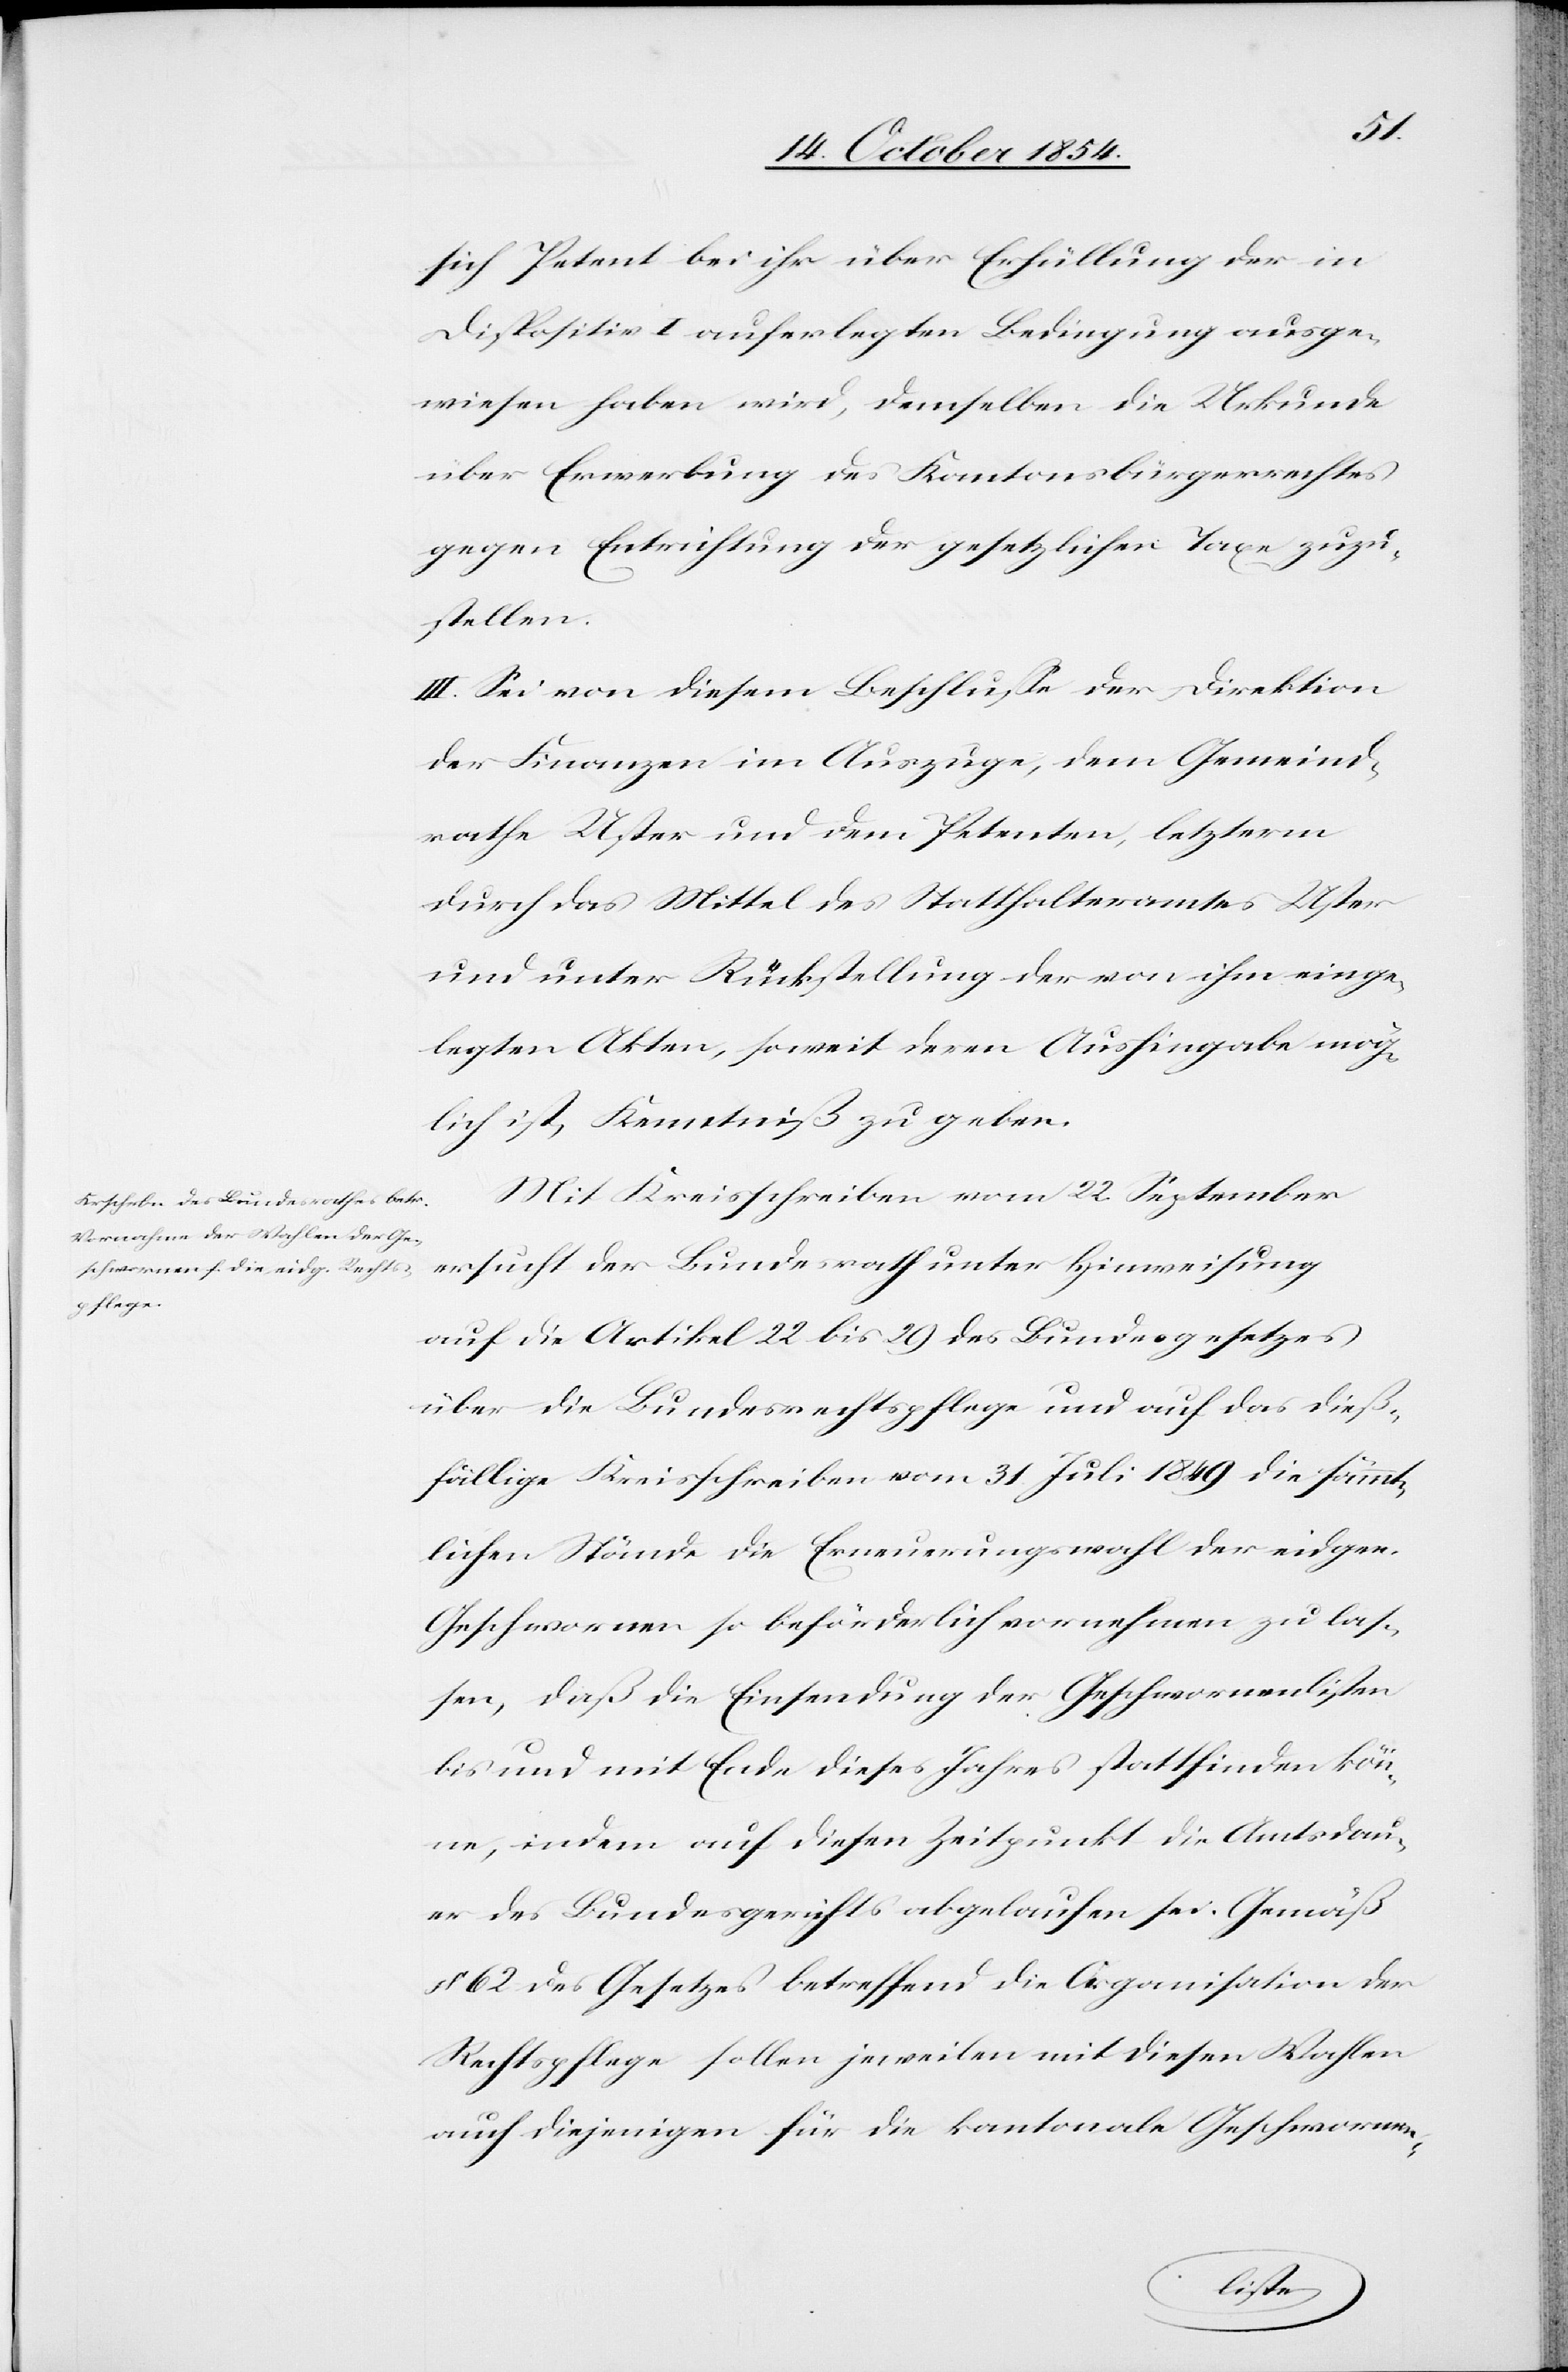
sich Petent bei ihr über Erfüllung der in
Dispositiv I auferlegten Bedingung ausge¬
wiesen haben wird, demselben die Urkunde
über Erwerbung des Kantonsbürgerrechtes
gegen Entrichtung der gesetzlichen Taxe zuzu¬
stellen.
III. Sei von diesem Beschluße der Direktion
der Finanzen im Auszuge, dem Gemeind¬
rathe Uster und dem Petenten, letzterm
durch das Mittel des Statthalteramtes Uster
und unter Rückstellung der von ihm einge¬
legten Akten, soweit deren Aushingabe mög¬
lich ist, Kenntniß zu geben.
Mit Kreisschreiben vom 22. September
auf die Artikel 22 bis 29 des Bundesgesetzes
über die Bundesrechtspflege und auf das dieß¬
fällige Kreisschreiben vom 31. Juli 1849 die sämmt¬
lichen Stände die Erneuerungswahl der eidgen.
Geschwornen so beförderlich vornehmen zu las¬
sen, daß die Einsendung der Geschwornenlisten
bis und mit Ende dieses Jahres stattfinden kön¬
ne, indem auf diesen Zeitpunkt die Amtsdau¬
er des Bundesgerichts abgelaufen sei. Gemäß
§ 62 des Gesetzes betreffend die Organisation der
Rechtspflege sollen jeweilen mit diesen Wahlen
auch diejenigen für die kantonale Geschwornen-
er¬
unter